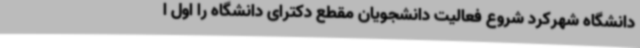
دانشگاه شهرکرد شروع فعالیت دانشجویان مقطع دکترای دانشگاه را اول ا